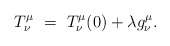
\begin{align*}T^\mu_\nu ~=~T^\mu_\nu (0) + \lambda g^\mu_\nu.\end{align*}